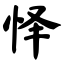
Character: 怿